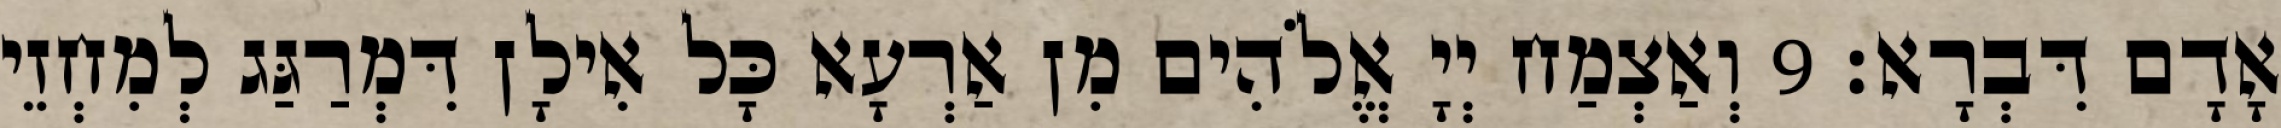
אָדָם דִּבְרָא׃ 9 וְאַצְמַח יְיָ אֱלֹהִים מִן אַרְעָא כָּל אִילָן דִּמְרַגַּג לְמִחְזֵי